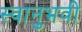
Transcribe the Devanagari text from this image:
स्वानुभवी